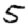
Digit: 5